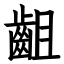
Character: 齟